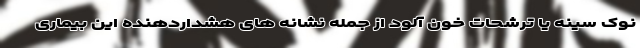
نوک سینه یا ترشحات خون آلود از جمله نشانه های هشداردهنده این بیماری